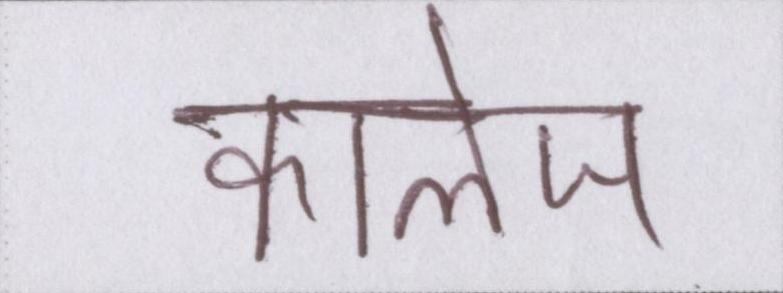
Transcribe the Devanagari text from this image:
कालेज